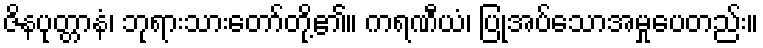
ဇိနပုတ္တာနံ၊ ဘုရားသားတော်တို့၏။ ကရဏီယံ၊ ပြုအပ်သောအမှုပေတည်း။